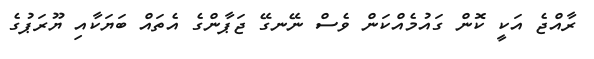
ރާއްޖެ އަކީ ކޮން ގައުމެއްކަން ވެސް ނޭނގޭ ޖަޕާންގެ އެތައް ބަޔަކާއި ޔޫރަޕުގެ